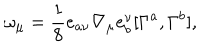
\omega _ { \mu } = \frac { 1 } { 8 } e _ { a \nu } \nabla _ { \mu } e _ { b } ^ { \nu } [ \Gamma ^ { a } , \Gamma ^ { b } ] ,